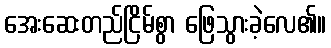
အေးဆေးတည်ငြိမ်စွာ ဖြေသွားခဲ့လေ၏။